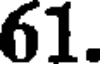
61.